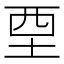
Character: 垔